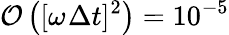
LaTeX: \mathcal{O}\left([\omega_{}\Delta t{}]^{2}\right)=10^{-5}